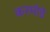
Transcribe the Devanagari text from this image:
करमोडे